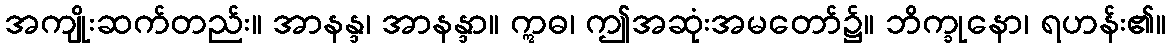
အကျိုးဆက်တည်း။ အာနန္ဒ၊ အာနန္ဒာ။ ဣဓ၊ ဤအဆုံးအမတော်၌။ ဘိက္ခုနော၊ ရဟန်း၏။